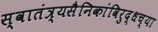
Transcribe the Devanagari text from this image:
स्वातंत्र्यसैनिकांविरुद्धच्या